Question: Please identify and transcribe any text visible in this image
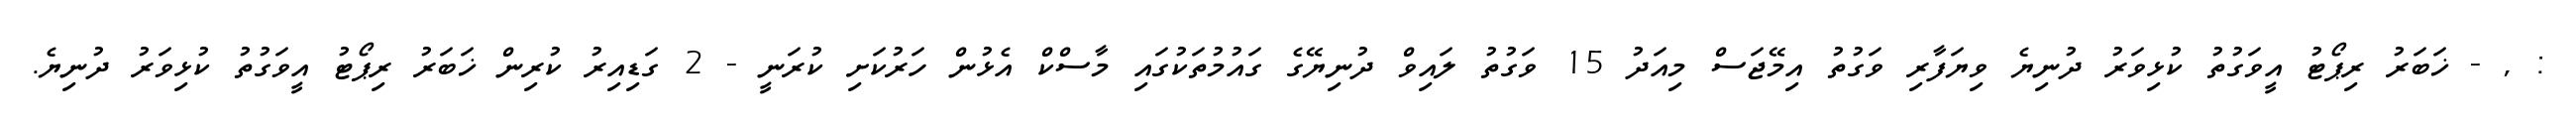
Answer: : , - ޚަބަރު ރިޕޯޓު އީވަގުތު ކުޅިވަރު ދުނިޔެ ވިޔަފާރި ވަގުތު އިމޭޖަސް މިއަދު 15 ވަގުތު ލައިވް ދުނިޔޭގެ ގައުމުތަކުގައި މާސްކް އެޅުން ހަރުކަށި ކުރަނީ - 2 ގަޑިއިރު ކުރިން ޚަބަރު ރިޕޯޓު އީވަގުތު ކުޅިވަރު ދުނިޔެ.